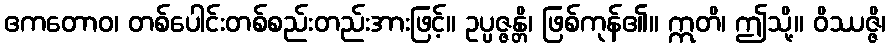
ဧကတောဝ၊ တစ်ပေါင်းတစ်စည်းတည်းအားဖြင့်။ ဥပ္ပဇ္ဇန္တိ၊ ဖြစ်ကုန်၏။ ဣတိ၊ ဤသို့။ ဝိဿဇ္ဇိ၊